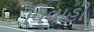
વિવાહી